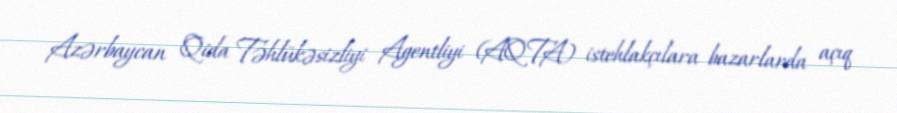
Azərbaycan Qida Təhlükəsizliyi Agentliyi (AQTA) istehlakçılara bazarlarda açıq